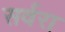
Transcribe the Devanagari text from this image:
सर्वरा